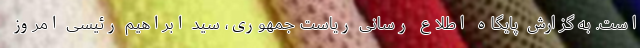
است. به گزارش پایگاه اطلاع رسانی ریاست جمهوری، سید ابراهیم رئیسی امروز